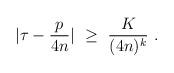
LaTeX: \begin{align*}|\tau-\frac{p}{4n}|\ \ge\ \frac K{(4n)^k}\ .\end{align*}